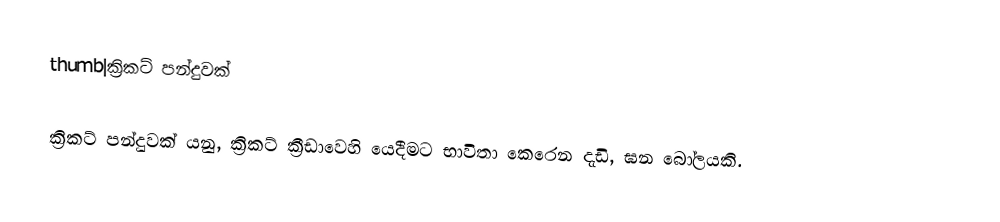
thumb|ක්‍රිකට් පන්දුවක්

ක්‍රිකට් පන්දුවක් යනු,  ක්‍රිකට් ක්‍රීඩාවෙහි යෙදීමට භාවිතා කෙරෙන දැඩි, ඝන බෝලයකි.